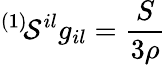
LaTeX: ^{(1)}\! {\cal S}^{il}g_{il}=\frac{S}{3\rho}